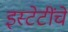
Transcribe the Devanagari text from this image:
इस्टेटींचें